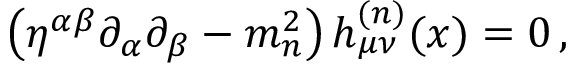
\left( \eta ^ { \alpha \beta } \partial _ { \alpha } \partial _ { \beta } - m _ { n } ^ { 2 } \right) h _ { \mu \nu } ^ { ( n ) } ( x ) = 0 \, ,